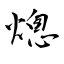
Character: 熜